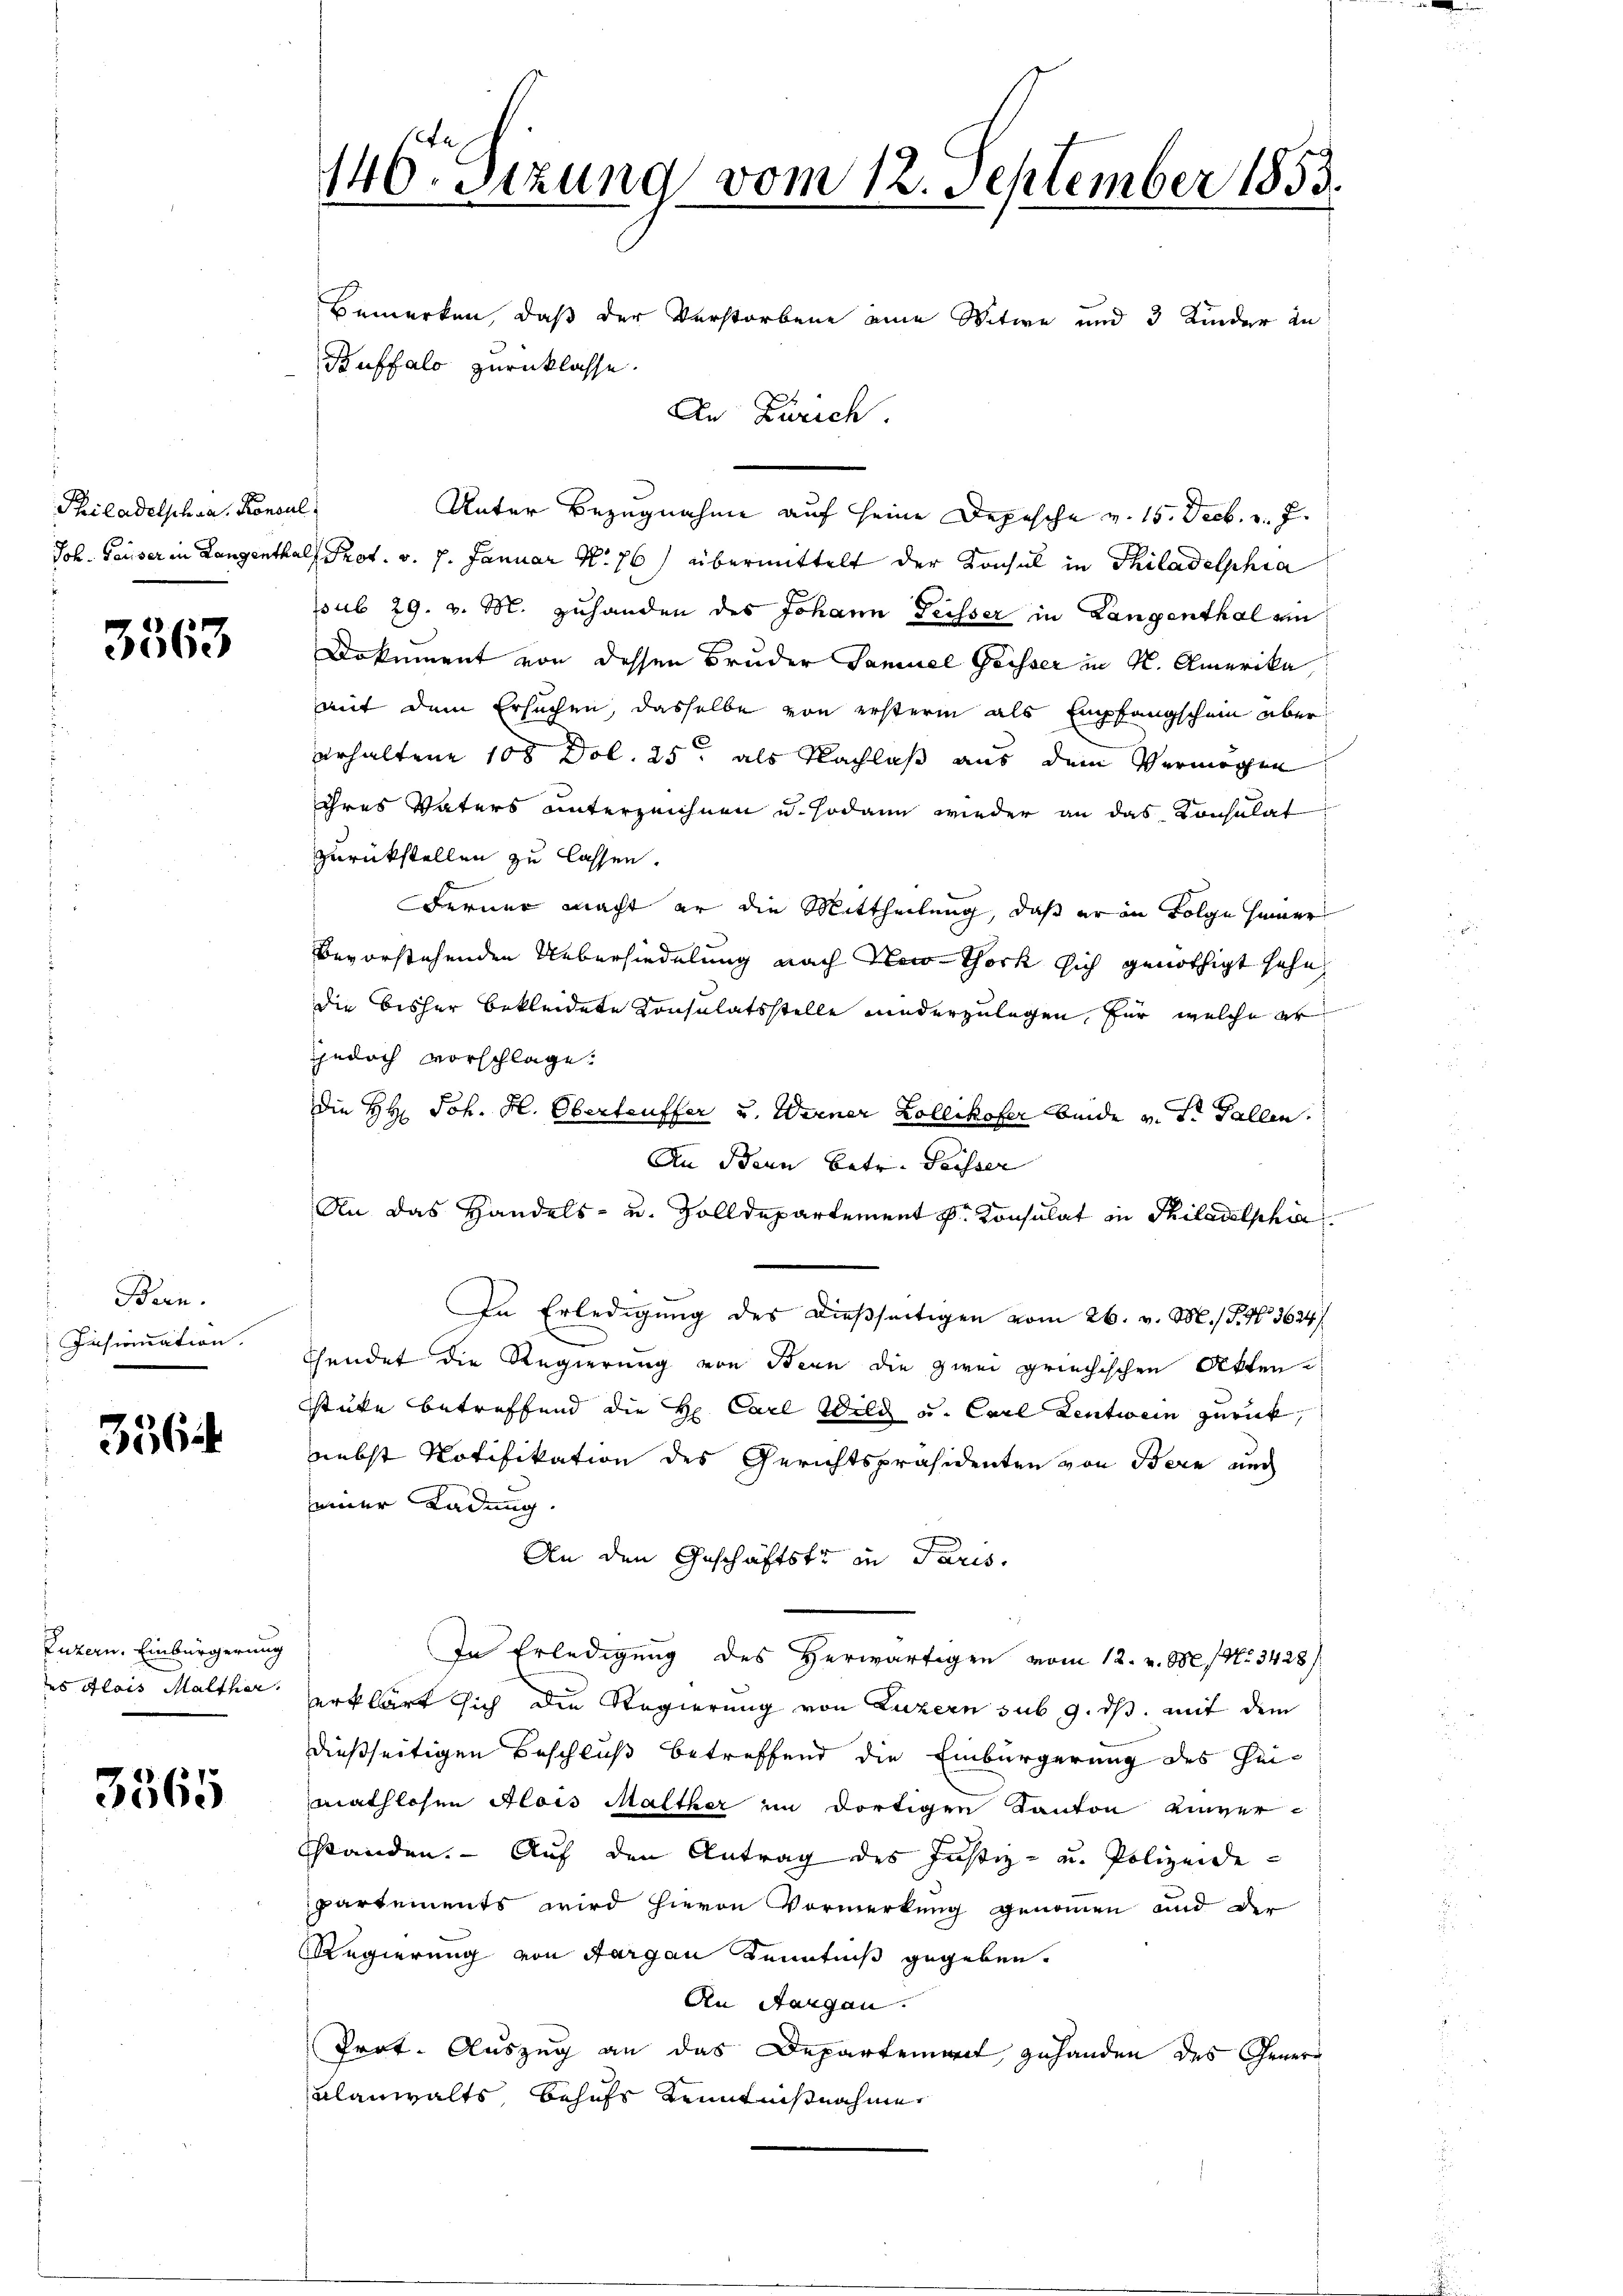
Philadelschaar Konsul
Joh. Pauser in Langentha

3563

Bern.
Eisionation.

356

Luzern. Einbürgerung
es Alois Malther.

3565

146. Sezung vom 12. September 1853.
Bemerken, daß der Verstorbene eine Witwe und 3 Kinder in
Buffalo zurücklasse.
An Zürich.

l
Unter Bezugnahme auf seine Depesche v. 15. Decb. v. J.
d Prot. v. 7. Januar No 76) übermittelt der Konsul in Philadelphia
pub 29. v. M. zuhanden des Johann Geisser in Langenthal ein
Dokument von dessen Bruder Samuel Geisser in K. Amerika
mit dem Ersuchen, dasselbe von ersterm als Empfangschein über
erhaltene 108 Dol. 25 als Nachlaß aus dem Vermögen
ihres Vaters unterzeichnen u. sodann wieder an das Konsulat
zurückstellen zu lassen.
Ferner macht er die Mittheilung, daß er in Folge seiner
bevorstehenden Uebersiedelung nach New-Thork sich genöthigt sehe,
die bisher bekleidete Konsulatsstelle wederzulegen, für welche er
jedoch vorschlage.
Die HH. Joh. H. Oberteuffer u. Werner Zollikofer beide v. St. Gallen.
An Bern betr. Peisser
An das Handels- u. Zolldepartement Dr. Konsulat in Philadelphia
In Erledigung des dießseitigen vom 26. v. M. P. Nr. 3624/
Chendet die Regierung von Bern die zwei griechischen Akten
stüke betreffend die H. Carl Wild u. Carl Lentwein zurück,
nebst Notifikation des Gerichtspräsidenten von Bern auch
seiner Ladung.
An den Geschäftstr in Paris.
In Erledigung des Herwärtigen vom 12. v. 8. No. 3428/
erklärt sich die Regierung von Luzern sub 9. ds. mit dem
dießseitigen Beschluß betreffend die Einbürgerung des Heimathlosen Alois Malther im dortigen Kanton einverstanden. Auf den Antrag des Justiz- u. Polizeidepartements wird hievon Vormerkung genommen und der
Regierung von Aargau Kenntniß gegeben.
An Aargau.
Prot. Auszug an das Departement, gehanden des Gener¬
Klanwalts, behufs Kenntnißnahme